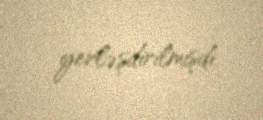
yerləşdirilmişdi.